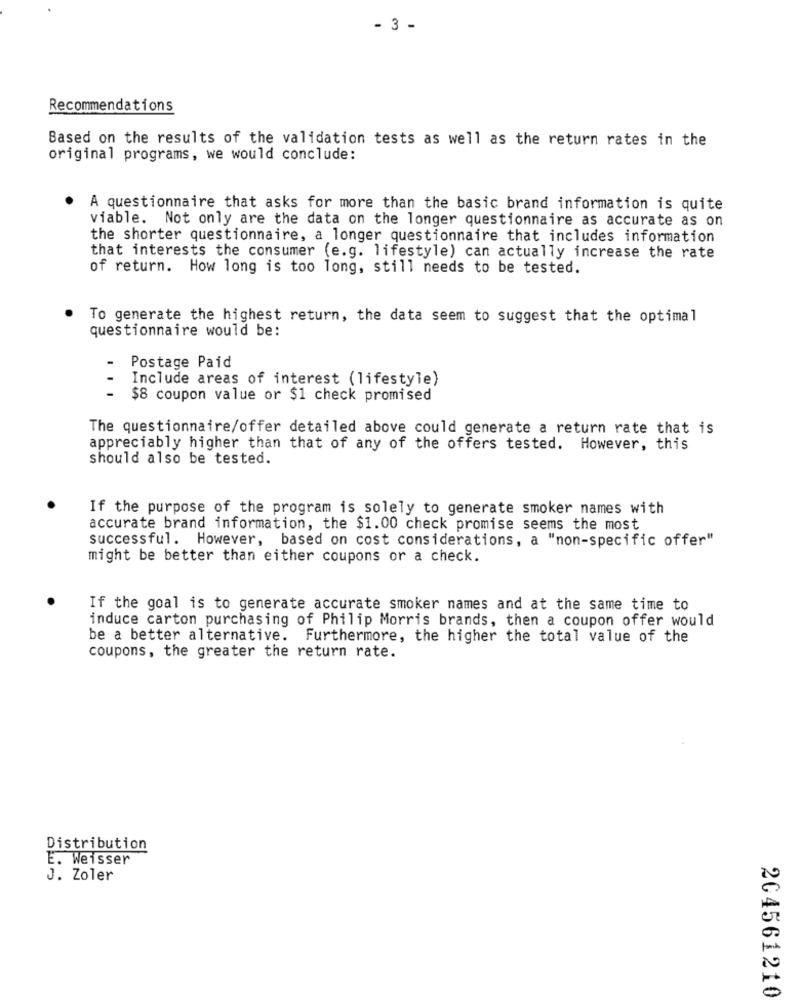
- 3 -
Recommendations
Based on the results of the validation tests as well as the return rates in the
original programs, we would conclude:
A questionnaire that asks for more than the basic brand information is quite
viable. Not only are the data on the longer questionnaire as accurate as on
the shorter questionnaire, a longer questionnaire that includes information
that interests the consumer (e.g. lifestyle) can actually increase the rate
of return. How long is too long, still needs to be tested.
To generate the highest return, the data seem to suggest that the optimal
questionnaire would be:
-
Postage Paid
Include areas of interest (lifestyle)
$8 coupon value or $1 check promised
The questionnaire/offer detailed above could generate a return rate that is
appreciably higher than that of any of the offers tested. However, this
should also be tested.
If the purpose of the program is solely to generate smoker names with
accurate brand information, the $1.00 check promise seems the most
successful. However, based on cost considerations, a "non-specific offer"
might be better than either coupons or a check.
If the goal is to generate accurate smoker names and at the same time to
induce carton purchasing of Philip Morris brands, then a coupon offer would
be a better alternative. Furthermore, the higher the total value of the
coupons, the greater the return rate.
Distribution
E. Weisser
J. Zoler
204561210